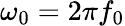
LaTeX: \omega_{0}=2\pi f_{0}